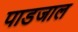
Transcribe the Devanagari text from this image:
पाडजाल